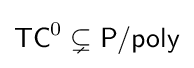
{\mathsf {TC}}^{0}\subsetneq {\mathsf {P/poly}}